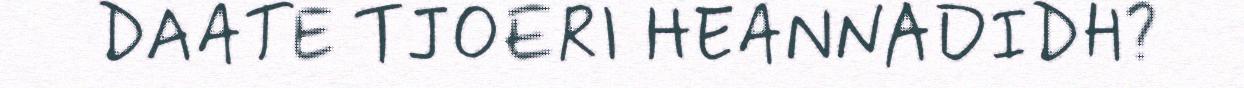
DAATE TJOERI HEANNADIDH?